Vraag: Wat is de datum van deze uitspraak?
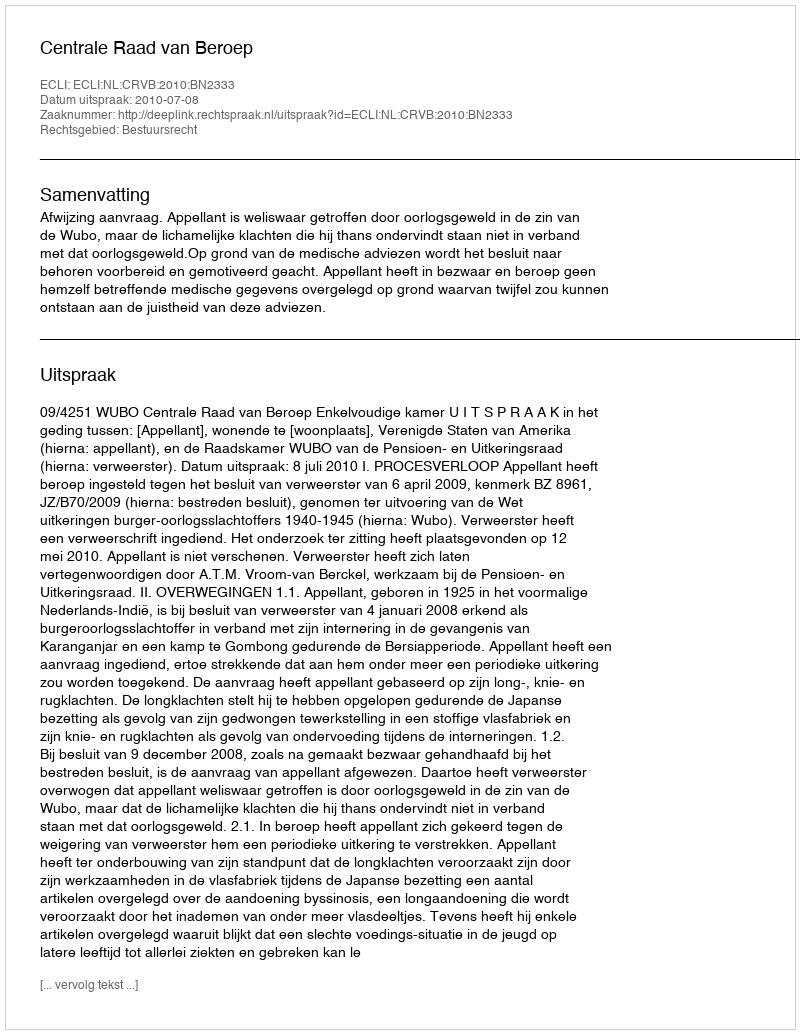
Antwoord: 2010-07-08